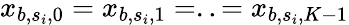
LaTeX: x_{b,s_{i},0}=x_{b,s_{i},1}=..=x_{b,s_{i},K-1}